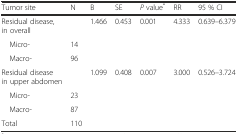
<table><thead><tr><td><b>Tumor site</b></td><td><b>N</b></td><td><b>B</b></td><td><b>SE</b></td><td><b><i>P</i> value<sup>*</sup></b></td><td><b>RR</b></td><td><b>95 % CI</b></td></tr></thead><tbody><tr><td>Residual disease, in overall</td><td></td><td>1.466</td><td>0.453</td><td>0.001</td><td>4.333</td><td>0.639–6.379</td></tr><tr><td> Micro-</td><td>14</td><td></td><td></td><td></td><td></td><td></td></tr><tr><td> Macro-</td><td>96</td><td></td><td></td><td></td><td></td><td></td></tr><tr><td>Residual disease in upper abdomen</td><td></td><td>1.099</td><td>0.408</td><td>0.007</td><td>3.000</td><td>0.526–3.724</td></tr><tr><td> Micro-</td><td>23</td><td></td><td></td><td></td><td></td><td></td></tr><tr><td> Macro-</td><td>87</td><td></td><td></td><td></td><td></td><td></td></tr><tr><td>Total</td><td>110</td><td></td><td></td><td></td><td></td><td></td></tr></tbody></table>